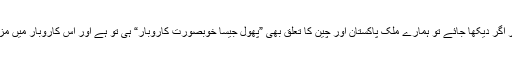
اس طرح ”حواشانگ ویکلی“ اخبار کا لفظی مطلب ہوا پھول جیسا خوبصورت کاروبار اور اگر دیکھا جائے تو ہمارے ملک پاکستان اور چین کا تعلق بھی ”پھول جیسا خوبصورت کاروبار“ ہی تو ہے اور اس کاروبار میں مزید اضافہ کے لیئے ایک چینی اخبار کی اہمیت سے انکار کسی صورت نہیں کیا جاسکتا۔